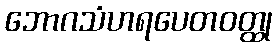
ဘောဂသံဟရပေတဝတ္ထု